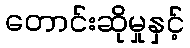
တောင်းဆိုမှုနှင့်